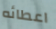
اعطائه